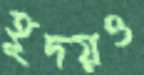
হূদয়ও